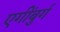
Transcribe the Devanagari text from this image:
एगींबुर्ग